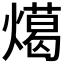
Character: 𭶎